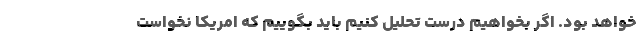
خواهد بود. اگر بخواهيم درست تحليل كنيم بايد بگوييم كه امريكا نخواست